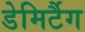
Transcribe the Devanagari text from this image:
डेमिर्टैग